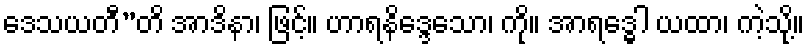
ဒေသယတီ”တိ အာဒိနာ၊ ဖြင့်။ ဟာရနိဒ္ဒေသော၊ ကို။ အာရဒ္ဓေါ ယထာ၊ ကဲ့သို့။